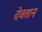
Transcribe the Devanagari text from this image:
देवतान